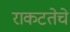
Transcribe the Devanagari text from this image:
राकटतेचे